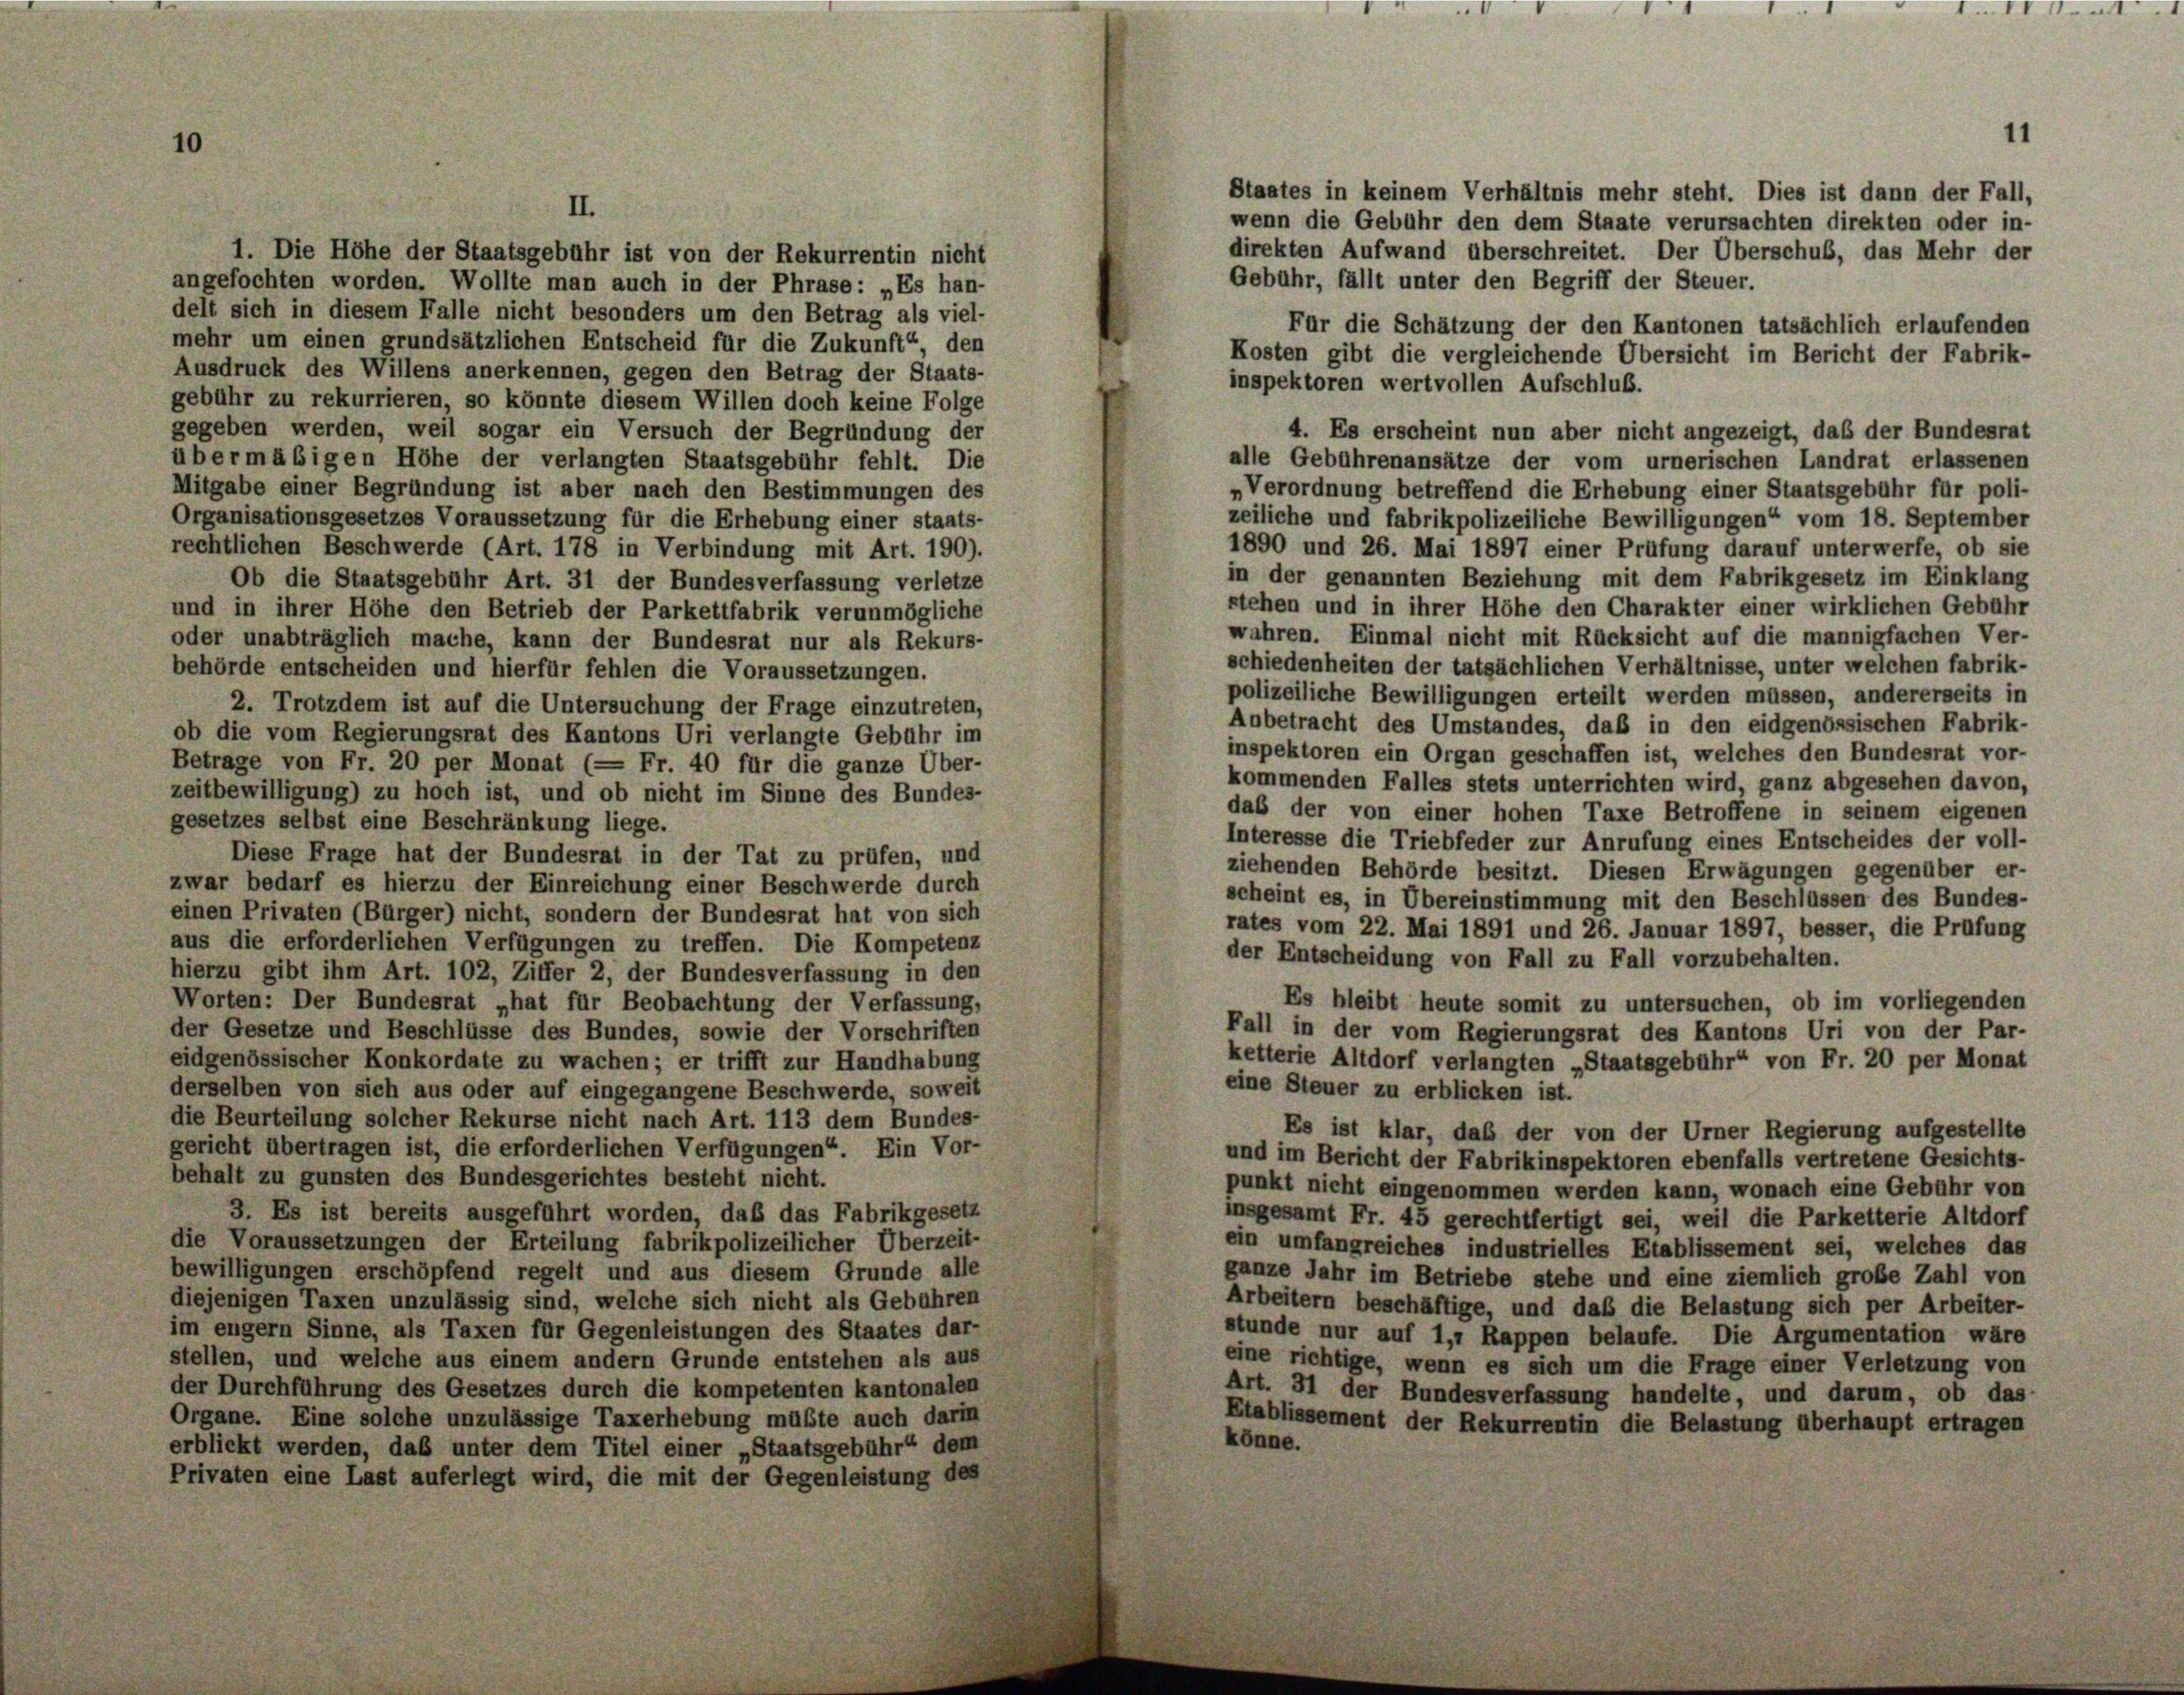
Staates in keinem Verhältnis mehr steht. Dies ist dann der Fall,
II.
wenn die Gebühr den dem Staate verursachten direkten oder in-
direkten Aufwand überschreitet. Der Überschub, das Mehr der
1. Die Höhe der Staatsgebühr ist von der Rekurrentin nicht
Gebühr, fällt unter den Begriff der Steuer.
angefochten worden. Wollte man auch in der Phrase: „Es han-
delt sich in diesem Falle nicht besonders um den Betrag als viel-
Für die Schätzung der den Kantonen tatsächlich erlaufenden
mehr um einen grundsätzlichen Entscheid für die Zukunft“, den
Kosten gibt die vergleichende Übersicht im Bericht der Fabrik-
Ausdruck des Willens anerkennen, gegen den Betrag der Staats-
inspektoren wertvollen Aufschluß.
gebühr zu rekurrieren, so könnte diesem Willen doch keine Folge
gegeben werden, weil sogar ein Versuch der Begründung der
4. Es erscheint nun aber nicht angezeigt, daß der Bundesrat
übermäßigen Höhe der verlangten Staatsgebühr fehlt. Die
alle Gebührenansätze der vom urnerischen Landrat erlassenen
Mitgabe einer Begründung ist aber nach den Bestimmungen des
Verordnung betreffend die Erhebung einer Staatsgebühr für poli-
Organisationsgesetzes Voraussetzung für die Erhebung einer staats-
zeiliche und fabrikpolizeiliche Bewilligungen“ vom 18. September
rechtlichen Beschwerde (Art. 178 in Verbindung mit Art. 190).
1890 und 26. Mai 1897 einer Prüfung darauf unterwerfe, ob sie
in der genannten Beziehung mit dem Fabrikgesetz im Einklang
Ob die Staatsgebühr Art. 31 der Bundesverfassung verletze
stehen und in ihrer Höhe den Charakter einer wirklichen Gebühr
und in ihrer Höhe den Betrieb der Parkettfabrik verunmögliche
wahren. Einmal nicht mit Rücksicht auf die mannigfachen Ver-
oder unabträglich mache, kann der Bundesrat nur als Rekurs-
schiedenheiten der tatsächlichen Verhältnisse, unter welchen fabrik-
behörde entscheiden und hierfür fehlen die Voraussetzungen.
polizeiliche Bewilligungen erteilt werden müssen, andererseits in
2. Trotzdem ist auf die Untersuchung der Frage einzutreten,
Anbetracht des Umstandes, daß in den eidgenössischen Fabrik-
ob die vom Regierungsrat des Kantons Uri verlangte Gebühr im
inspektoren ein Organ geschaffen ist, welches den Bundesrat vor-
Betrage von Fr. 20 per Monat (— Fr. 40 für die ganze Über-
kommenden Falles stets unterrichten wird, ganz abgesehen davon,
zeitbewilligung) zu hoch ist, und ob nicht im Sinne des Bundes-
daß der von einer hohen Taxe Betroffene in seinem eigenen
gesetzes selbst eine Beschränkung liege.
Interesse die Triebfeder zur Anrufung eines Entscheides der voll-
Diese Frage hat der Bundesrat in der Tat zu prüfen, und
ziehenden Behörde besitzt. Diesen Erwägungen gegenüber er-
zwar bedarf es hierzu der Einreichung einer Beschwerde durch
scheint es, in Übereinstimmung mit den Beschlüssen des Bundes-
einen Privaten (Bürger) nicht, sondern der Bundesrat hat von sich
rates vom 22. Mai 1891 und 26. Januar 1897, besser, die Prüfung
aus die erforderlichen Verfügungen zu treffen. Die Kompetenz
der Entscheidung von Fall zu Fall vorzubehalten.
hierzu gibt ihm Art. 102, Ziffer 2, der Bundesverfassung in den
Worten: Der Bundesrat „hat für Beobachtung der Verfassung,
Es bleibt heute somit zu untersuchen, ob im vorliegenden
der Gesetze und Beschlüsse des Bundes, sowie der Vorschriften
Fall in der vom Regierungsrat des Kantons Uri von der Par-
ketterie Altdorf verlangten „Staatsgebühr“ von Fr. 20 per Monat
eidgenössischer Konkordate zu wachen; er trifft zur Handhabung
eine Steuer zu erblicken ist.
derselben von sich aus oder auf eingegangene Beschwerde, soweit
die Beurteilung solcher Rekurse nicht nach Art. 113 dem Bundes-
Es ist klar, daß der von der Urner Regierung aufgestellte
gericht übertragen ist, die erforderlichen Verfügungen“. Ein Vor-
und im Bericht der Fabrikinspektoren ebenfalls vertretene Gesichts-
behalt zu gunsten des Bundesgerichtes besteht nicht.
punkt nicht eingenommen werden kann, wonach eine Gebühr von
3. Es ist bereits ausgeführt worden, daß das Fabrikgesetz
insgesamt Fr. 45 gerechtfertigt sei, weil die Parketterie Altdorf
die Voraussetzungen der Erteilung fabrikpolizeilicher Überzeit-
ein umfangreiches industrielles Etablissement sei, welches das
bewilligungen erschöpfend regelt und aus diesem Grunde alle
ganze Jahr im Betriebe stehe und eine ziemlich große Zahl von
diejenigen Taxen unzulässig sind, welche sich nicht als Gebühren
Arbeitern beschäftige, und daß die Belastung sich per Arbeiter-
im engem Sinne, als Taxen für Gegenleistungen des Staates dar-
stunde nur auf 1,1 Rappen belaufe. Die Argumentation wäre
stellen, und welche aus einem andern Grunde entstehen als aus
eine richtige, wenn es sich um die Frage einer Verletzung von
der Durchführung des Gesetzes durch die kompetenten kantonalen
Art. 31 der Bundesverfassung handelte, und darum, ob das
Organe. Eine solche unzulässige Taxerhebung müßte auch darin
Etablissement der Rekurrentin die Belastung überhaupt ertragen
könne.
erblickt werden, daß unter dem Titel einer „Staatsgebühr“ dem
Privaten eine Last auferlegt wird, die mit der Gegenleistung des